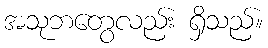
အသုဘတွေလည်း ရှိသည်။